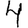
Digit: 4